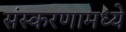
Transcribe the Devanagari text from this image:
संस्करणामध्ये